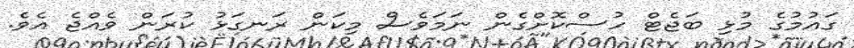
ގައުމުގެ މުޅި ބަޖެޓް ހުސްކޮށްގެން ނަމަވެސް މިކަން ރަނގަޅު ކުރަން ވެއްޖެ އެވެ.